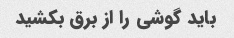
باید گوشی را از برق بکشید